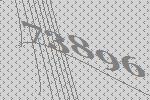
73896